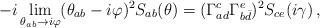
LaTeX: \begin{align*}-i \lim_{\theta_{ab}\rightarrow i\varphi}(\theta_{ab}-i\varphi)^2S_{ab}(\theta)= (\Gamma_{ad}^c\Gamma_{b\bar{d}}^e)^2S_{ce}(i\gamma) \, ,\end{align*}